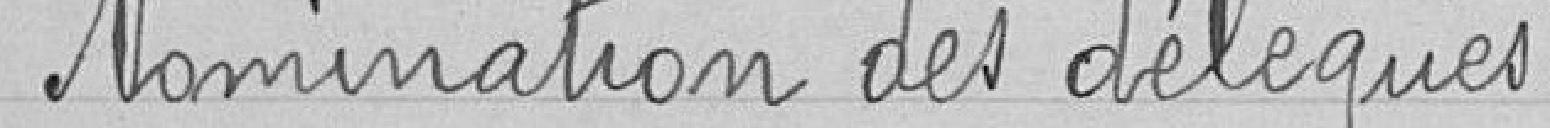
Nomination des délégués